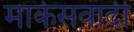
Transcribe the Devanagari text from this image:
मार्कसवादी